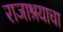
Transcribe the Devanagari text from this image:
राजाश्रयाचा